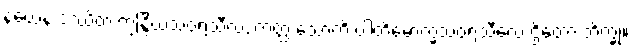
နယေန ဒဿိတံ ဣန္ဒြိယသံဝရသီလံ, တတ္ထ သောတိ ပါတိမောက္ခသံဝရသီလေ ဌိတော ဘိက္ခု။